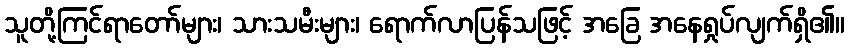
သူတို့ကြင်ရာတော်များ၊ သားသမီးများ၊ ရောက်လာပြန်သဖြင့် အခြေ အနေရှုပ်လျက်ရှိ၏။